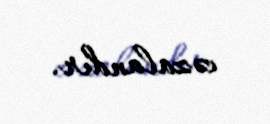
cəzalandır.